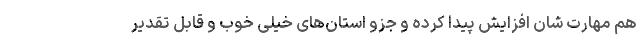
هم مهارت شان افزایش پیدا کرده و جزو استان‌های خیلی خوب و قابل تقدیر